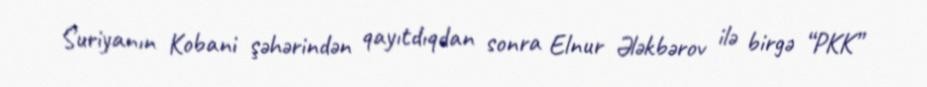
Suriyanın Kobani şəhərindən qayıtdıqdan sonra Elnur Ələkbərov ilə birgə “PKK”